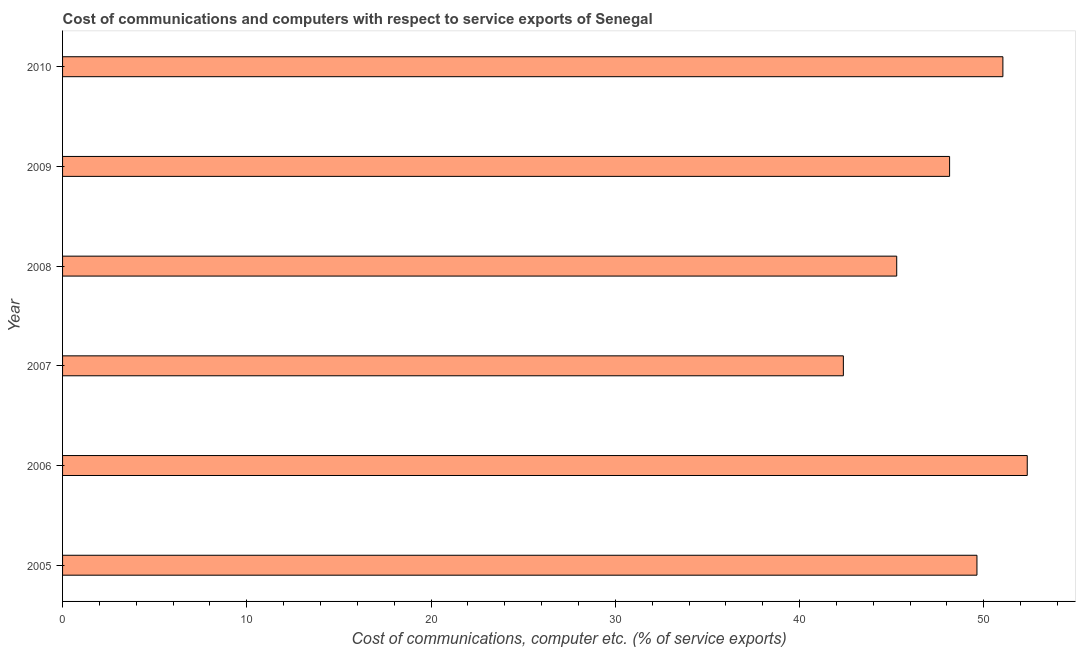
| Year | Communications |
 | --- | --- |
 | 2005 | 49.6 |
 | 2006 | 52.4 |
 | 2007 | 42.4 |
 | 2008 | 45.3 |
 | 2009 | 48.1 |
 | 2010 | 51 |